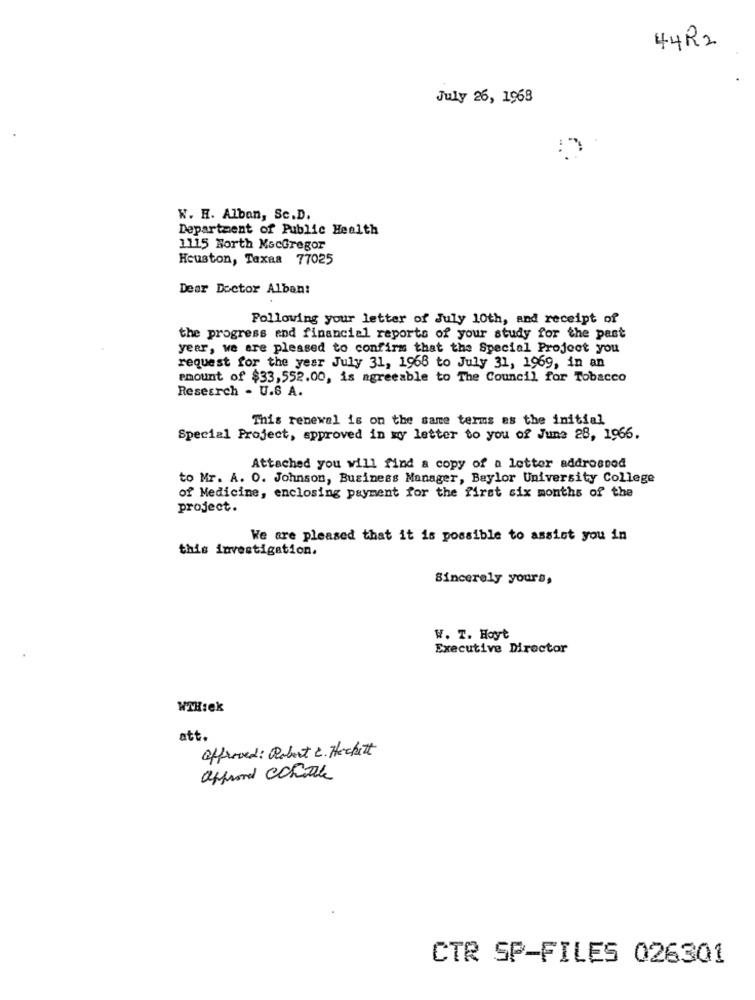
44R2
July 26, 1968
W. H. Alban, Sc.D.
Department of Public Health
1115 North MacGregor
Houston, Texas 77025
Dear Doctor Alban:
Following your letter of July 10th, and receipt of
the progress and financial reports of your study for the past
year, we are pleased to confirm that the Special Project you
request for the year July 31, 1968 to July 31, 1969, in an
emount of $33,552.00, is agreeable to The Council for Tobacco
Research - U.S A.
This renewal is on the same terms as the initial
Special Project, spproved in my letter to you of June 28, 1966.
Attached you will find a copy of a letter addressed
to Mr. A. O. Johnson, Business Manager, Baylor University College
of Medicine, enclosing payment for the first six months of the
project.
We are pleased that it is possible to assist you in
this investigation.
Sincerely yours,
W. T. Hoyt
Executive Director
WWHsek
att.
Offreved: Robert C. Heckett
affrond cchiale
CTR SP-FILES 026301